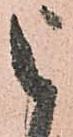
被